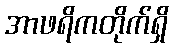
အာဖရိကတိုက်ရှိ